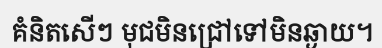
គំនិតសើៗ មុជមិនជ្រៅទៅមិនឆ្ងាយ។